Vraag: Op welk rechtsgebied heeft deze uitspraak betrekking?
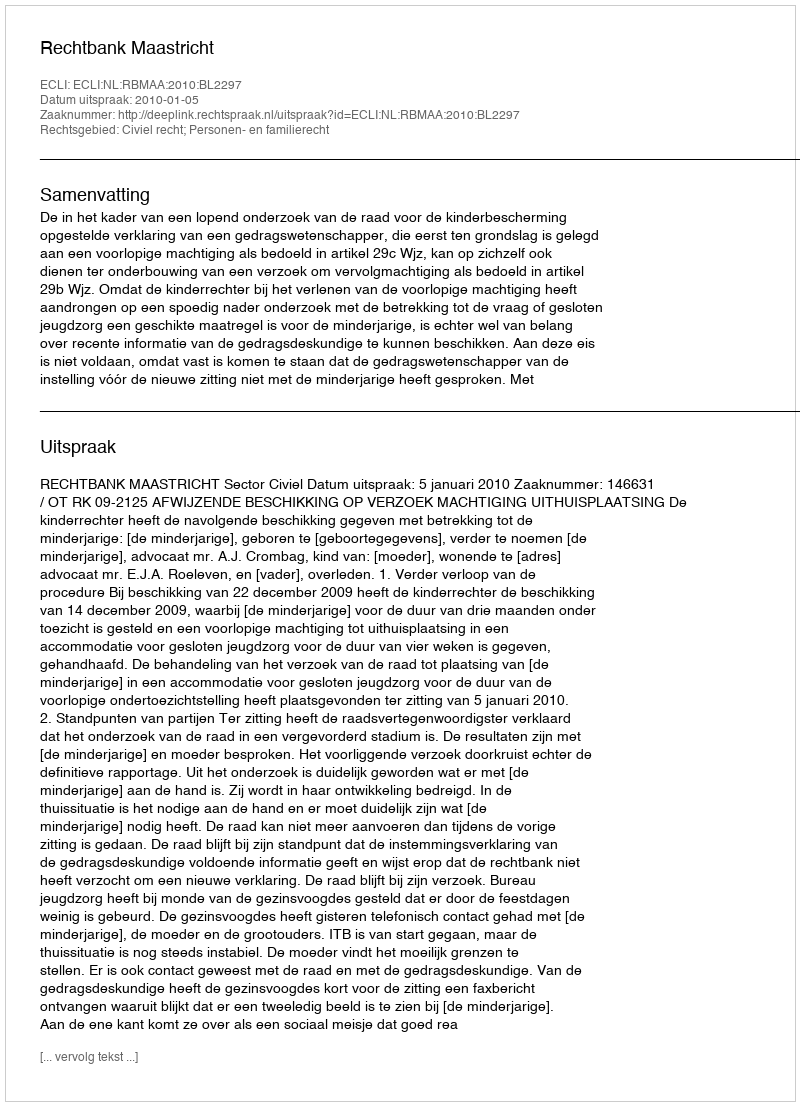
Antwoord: Civiel recht; Personen- en familierecht